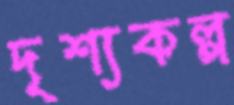
দৃশ্যকল্প